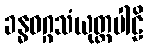
ခန္ဓဝဂ္ဂသံယုတ္တပါဠိ